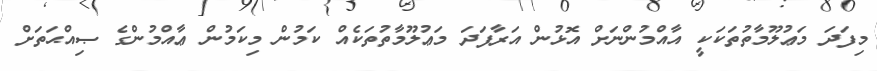
މިފަދަ މަޢުލޫމާތުތަކަކީ އާއްމުންނަށް އޮޅުުން އަރާފަދަ މަޢުލޫމާތުތަކެއް ކަމުން މިކަމުން ޢާއްމުންގެ ޞިއްޙަތަށް